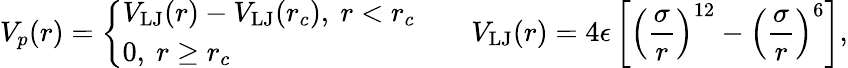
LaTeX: V_{p}(r)=\left\{ \begin{array}{ll}{V_{\mathrm{LJ}}(r)-V_{\mathrm{LJ}}(r_{c}),~r<r_{c}}\\ {0,~r\ge r_{c}}\end{array}\right.\quad\quad V_{\mathrm{LJ}}(r)=4\epsilon\left[\left(\frac{\sigma}{r}\right)^{12}-\left(\frac{\sigma}{r}\right)^{6}\right],